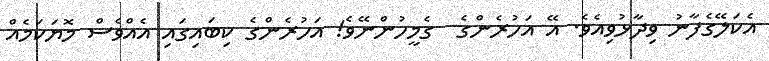
އެކަލޭގެފާނު ވިދާޅުވިއެވެ. އޭ އަހުރެންގެ  ގެމީހުންނޭވެ! އަހުރެންގެ ކިބައިގައި އެއްވެސް މޮޔަކަމެއް